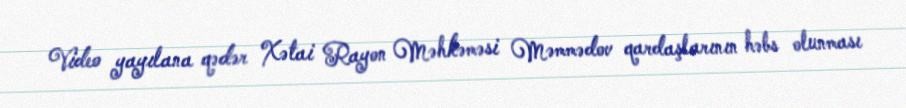
Video yayılana qədər Xətai Rayon Məhkəməsi Məmmədov qardaşlarının həbs olunması